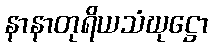
နာနာတုရိယသံဃုဋ္ဌော